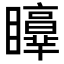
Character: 𥌲